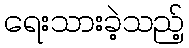
ရေးသားခဲ့သည့်